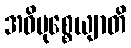
အဓိမုစ္စေယျာတိ